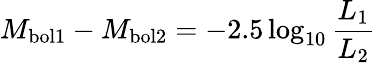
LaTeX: M_{\mathrm{bol1}}-M_{\mathrm{bol2}}=-2.5\log_{10}{\frac{L_{\mathrm{1}}}{L_{\mathrm{2}}}}